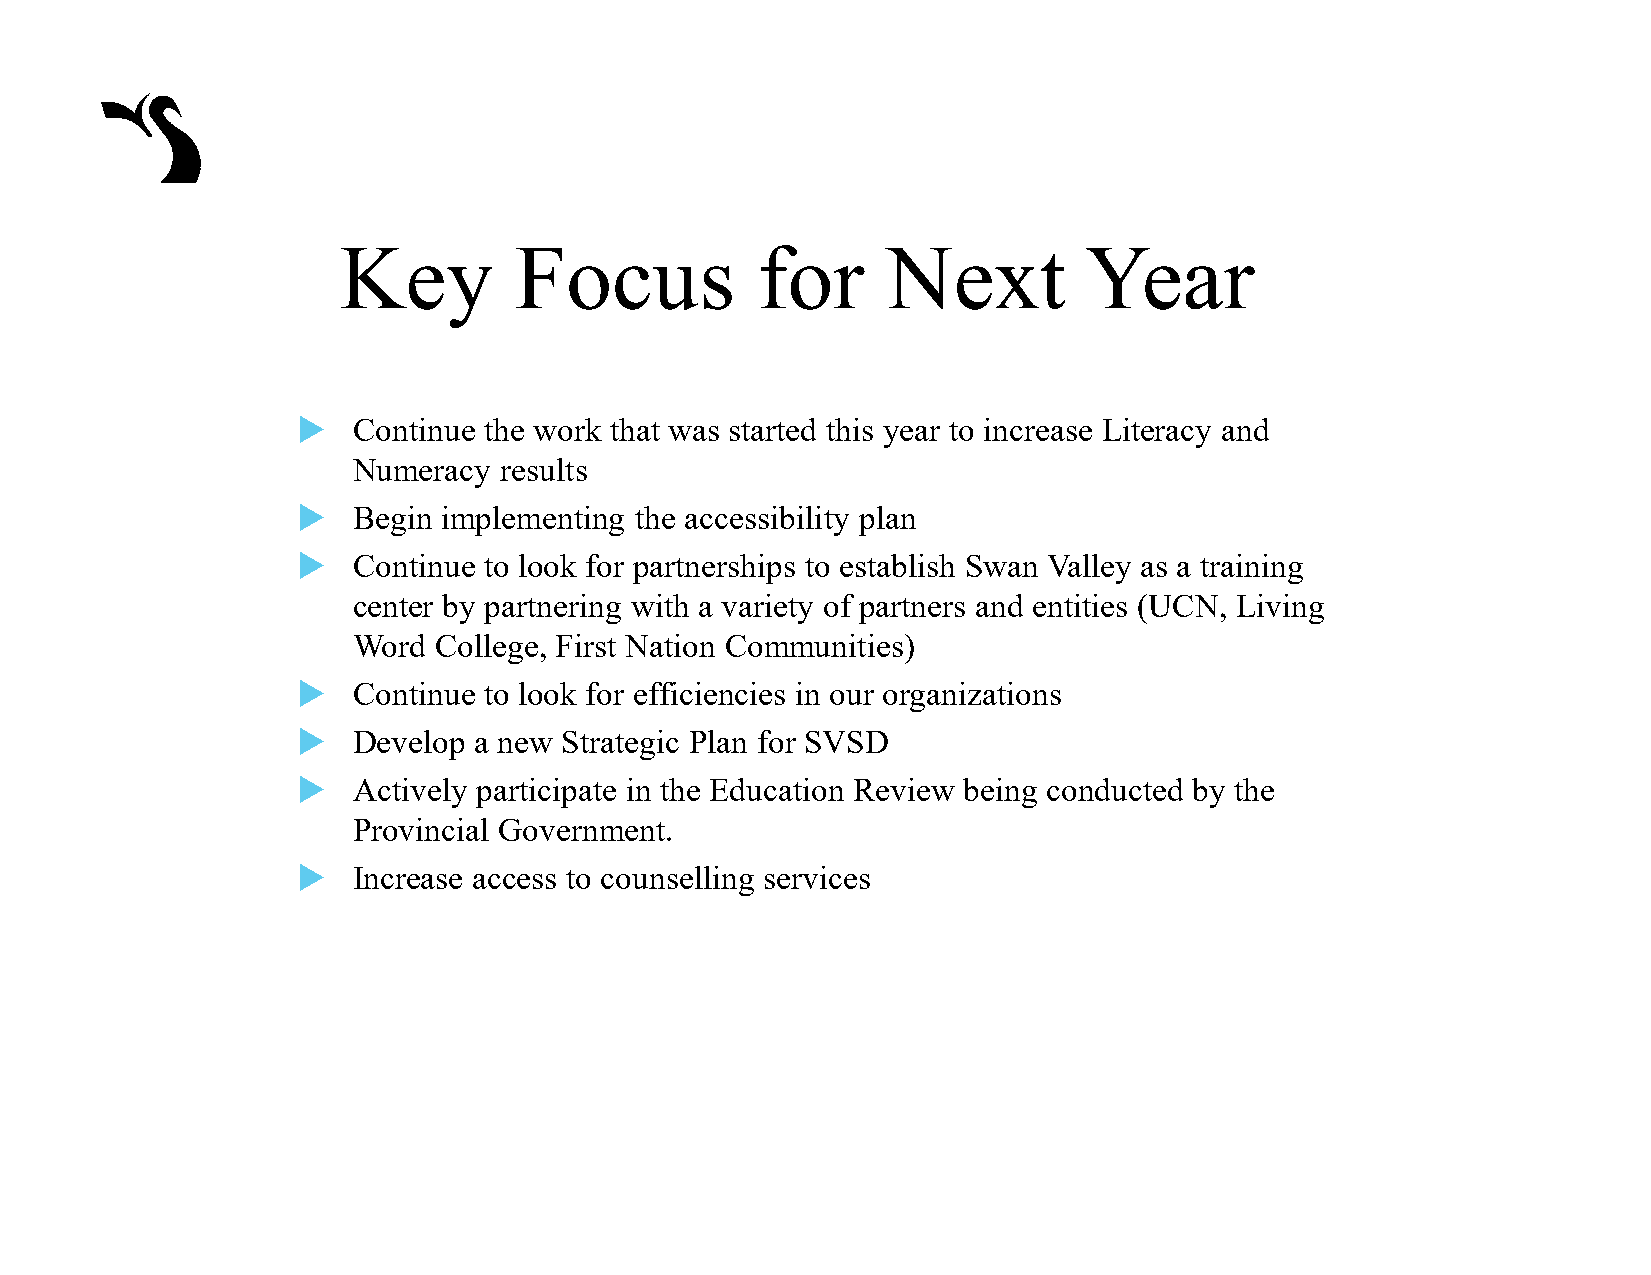
Key         Focus           for      Next         Year
   Continue the work that was started this year to increase Literacy and
 Numeracy  results
   Begin implementing the accessibility plan
   Continue to look for partnerships to establish Swan Valley as a training
 center by partnering with a variety of partners and entities (UCN, Living
 Word  College, First Nation Communities)
   Continue to look for efficiencies in our organizations
   Develop a new Strategic Plan for SVSD
   Actively participate in the Education Review being conducted by the
 Provincial Government.
   Increase access to counselling services